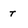
Character: T